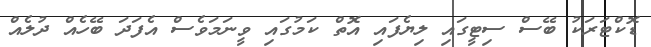
ޑޮކްޓަރަކު ބޭސް ސިޓީގައި ލިޔެފައި އޮތް ކަމުގައި ވީނަމަވެސް އެފަދަ ބޭހެއް ދުލެއް